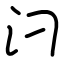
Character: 汈